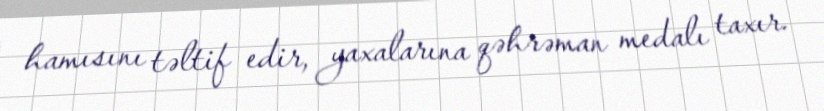
hamısını təltif edir, yaxalarına qəhrəman medalı taxır.